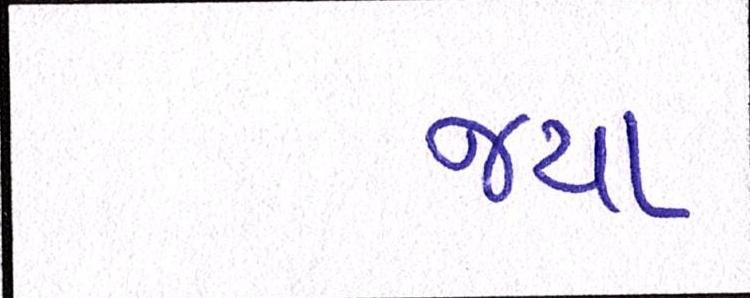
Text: જયા